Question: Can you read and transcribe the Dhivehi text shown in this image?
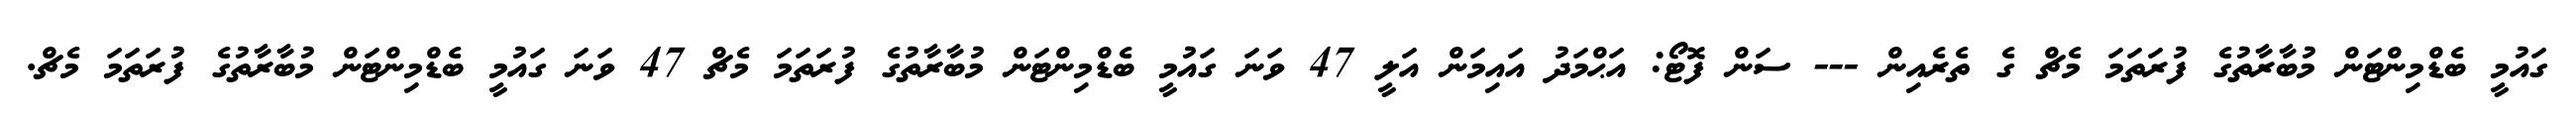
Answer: ގައުމީ ބެޑްމިންޓަން މުބާރާތުގެ ފުރަތަމަ މެޗް ގެ ތެރެއިން --- ސަން ފޮޓޯ: އަޙްމަދު އައިމަން އަލީ 47 ވަނަ ގައުމީ ބެޑްމިންޓަން މުބާރާތުގެ ފުރަތަމަ މެޗް 47 ވަނަ ގައުމީ ބެޑްމިންޓަން މުބާރާތުގެ ފުރަތަމަ މެޗް.